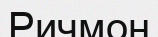
Ричмон